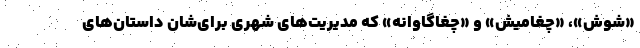
«شوش»، «چغامیش» و «چغاگاوانه» که مدیریت‌های شهری برای‌شان داستان‌های